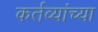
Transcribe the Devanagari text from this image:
कर्तव्यांच्या